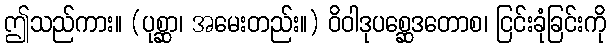
ဤသည်ကား။ (ပုစ္ဆာ၊ အမေးတည်း။) ဝိဝါဒုပစ္ဆေဒတောစ၊ ငြင်းခုံခြင်းကို